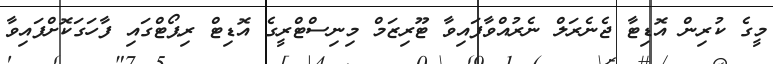
މީގެ ކުރިން އޮޑިޓާ ޖެނެރަލް ނެރުއްވާފައިވާ ޓޫރިޒަމް މިނިސްޓްރީގެ އޮޑިޓް ރިޕޯޓްގައި ފާހަގަކޮށްފައިވާ